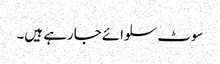
سوٹ سلوائے جارہے ہیں۔